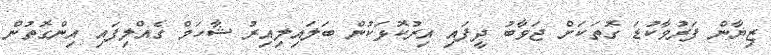
ޒިޔާން ފަރުވާކުޑަ ގޮތަކަށް ޖަވާބު ދީފައި އިރުކޮޅަކުން ބަލައިލިއިރު ޝާހަމް ގެއްލިފައި އިންގޮތުން